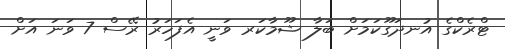
ޓްރެކްގެ އުނދަގޫކަމަށް ބަލާ ޝޫމާކަރ ވަނީ އެފަހަރު ރޭސް 7 ވަނަ އަށް